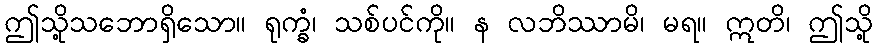
ဤသို့သဘောရှိသော။ ရုက္ခံ၊ သစ်ပင်ကို။ န လဘိဿာမိ၊ မရ။ ဣတိ၊ ဤသို့